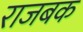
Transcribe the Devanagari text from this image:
राजबक